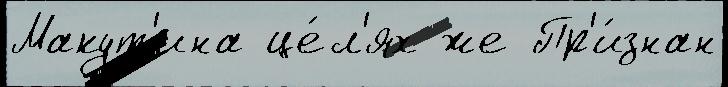
Макут'ина це́л'ях же Пр'и́знан